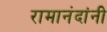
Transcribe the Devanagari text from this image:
रामानंदांनी